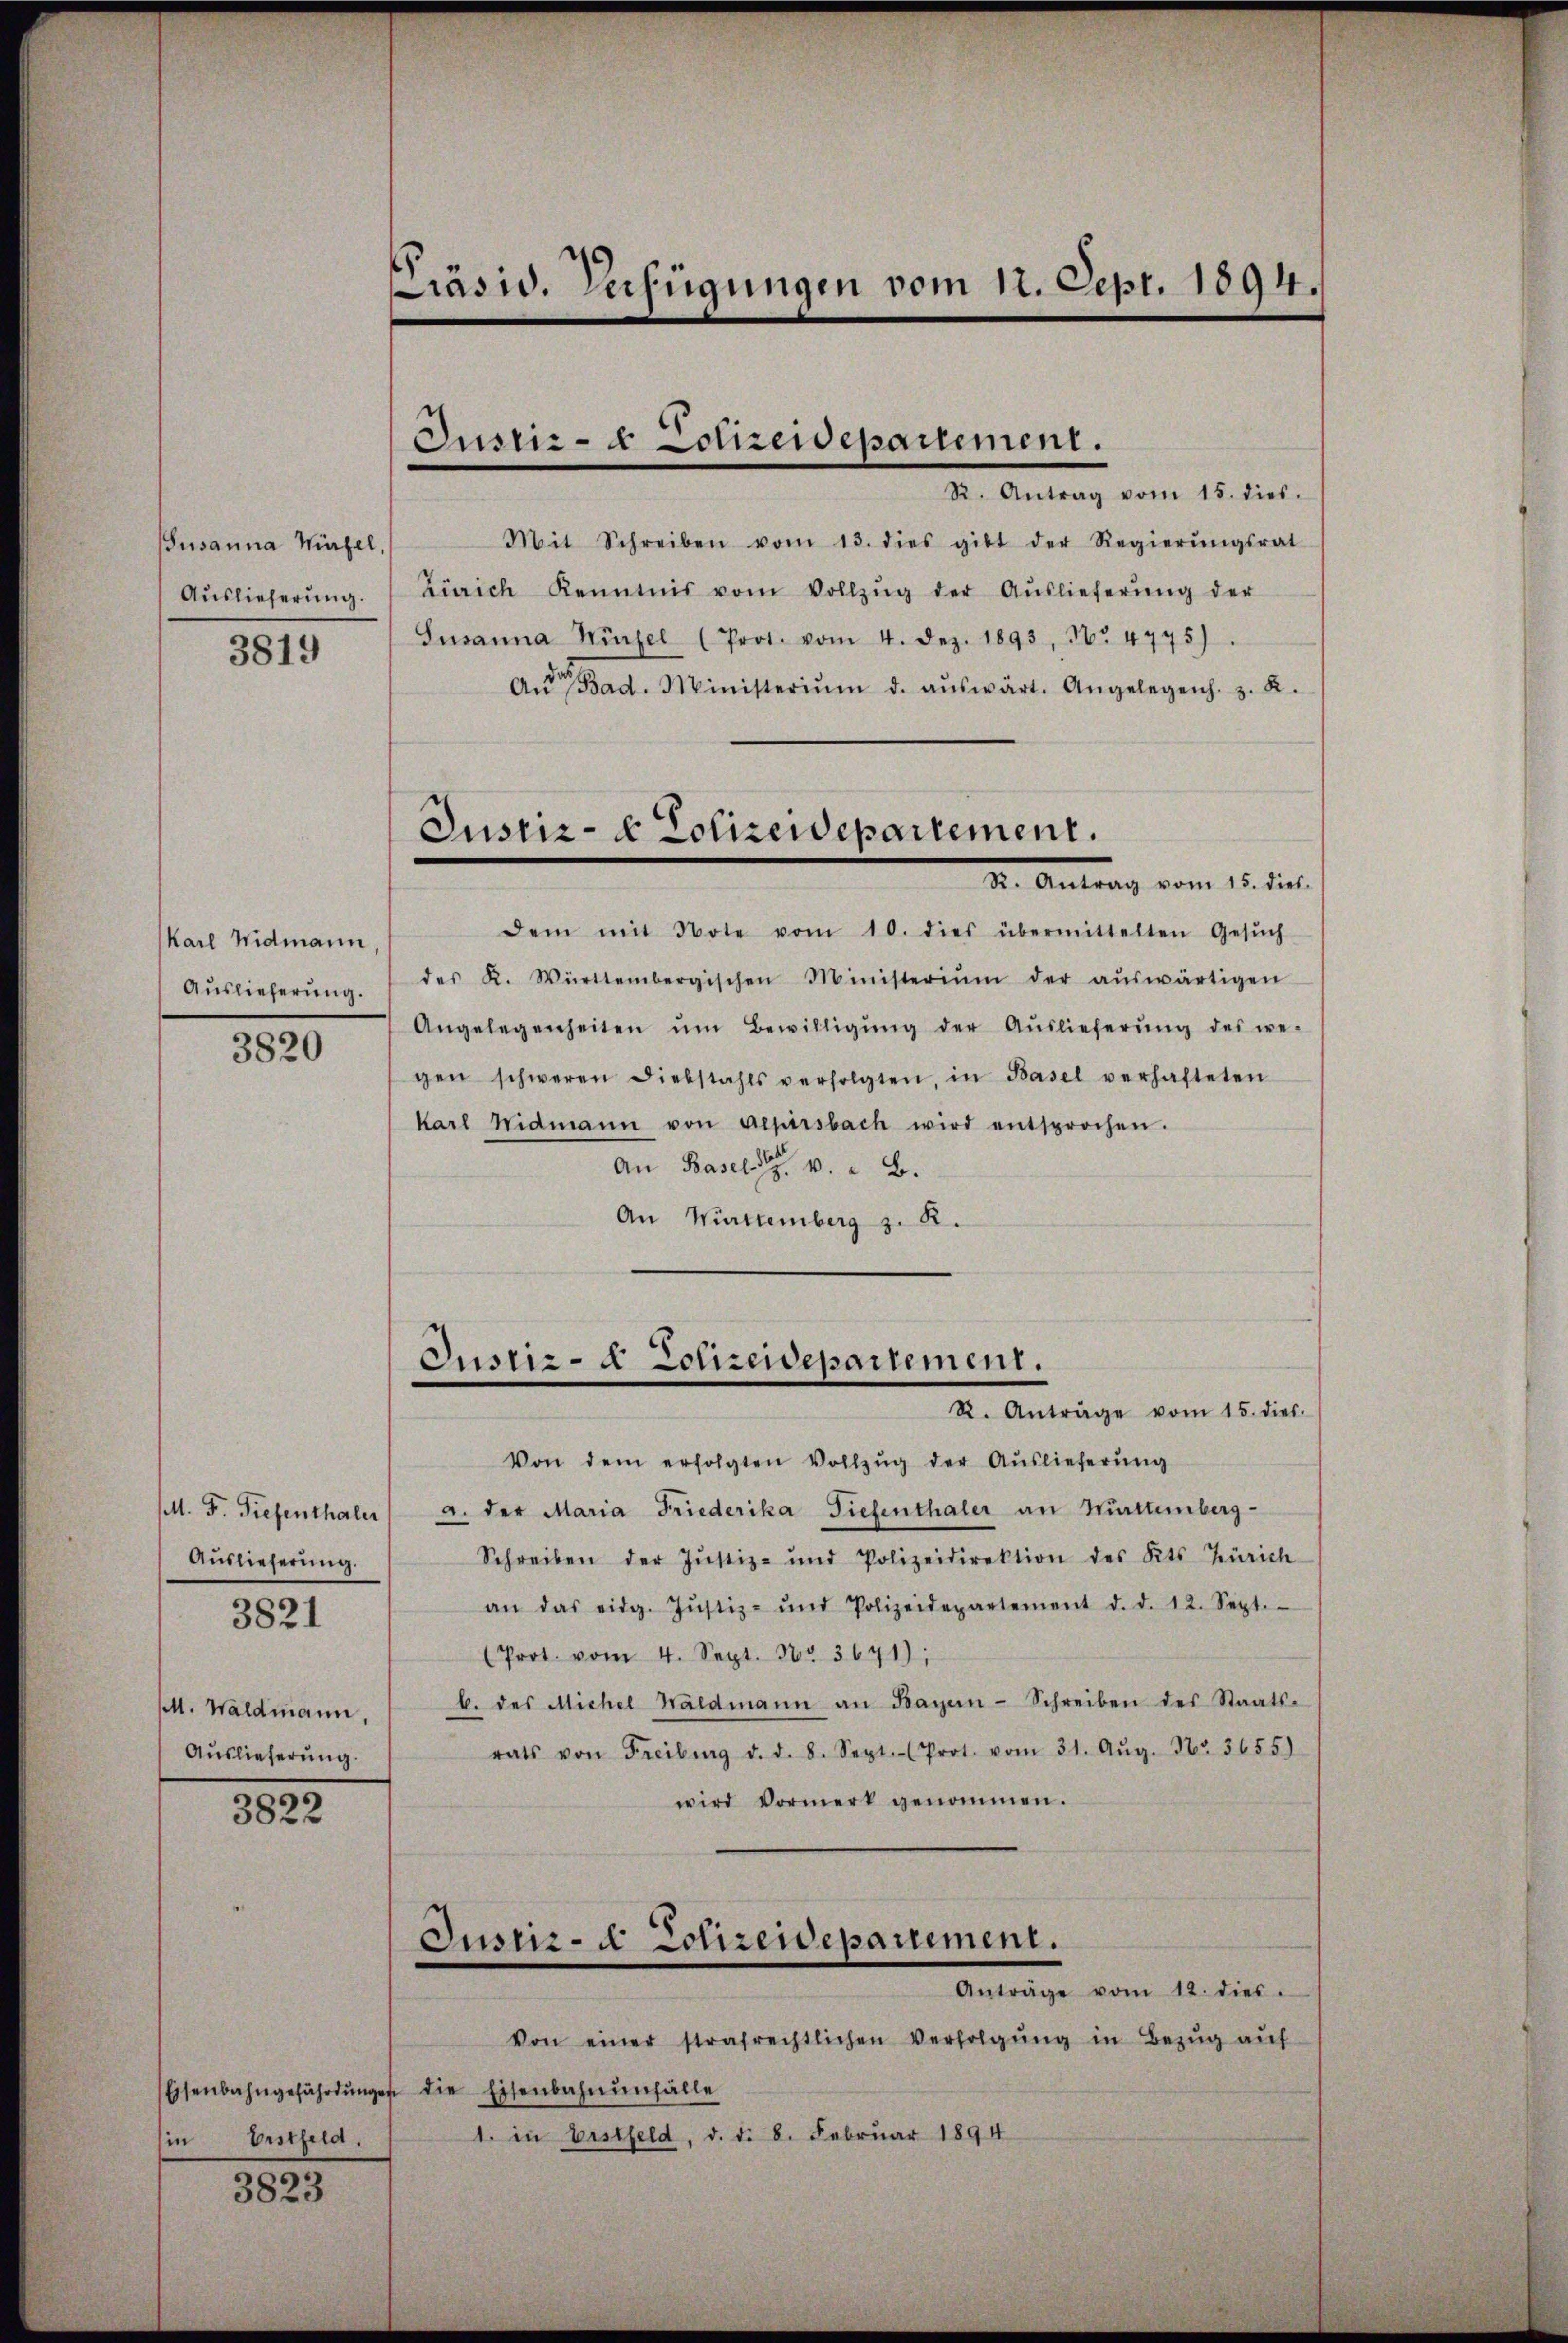
Susanna Hirzel,
Auslieferung.
3819

Karl Widmann
Auslieferung.
3820

. F. Tiefenthaler
Auslieferung.
p. Waldmann,
Auslieferung.

3821

3.
3822

Eisenbahngefährdunge
in Erstfeld.

3823

Präsid. Verfügungen vom 12. Sept. 1894.

Justiz- & Lotzendepartement.
R. Antrag vom 15. dies.

Justiz- & Polizewepartement.
Dr. Antrag vom 15. dies.

Mit Schreiben vom 13. dies gibt der Regierŭngsrat
Zürich Kenntnis vom Vollzŭg der Aŭslieferŭng der
Susanna Würzel (Prot. vom 4. Dez. 1893, No 4745).
Aŭe Bad. Ministerium d. aŭswärt. Angelegens. z. R.
dem mit Note vom 10. dies übermittelten Gesŭch
des K. Württembergischen Ministeriŭm der aŭswärtigen
Angelegenheiten ŭm Bewilligŭng der Aŭslieferŭng des we-
gen schweren Diebstahls verfolgten, in Basel verhafteten
Karl Widmann von Aepirsbach wird entsprochen.
An Basel 1. B.
An Wittemberg z. B.

Justiz- & Polizeidepartement.
R. Anträge vom 15. dies.

Von dem erfolgten Vollzŭg der Aŭslieferŭng
a. der Maria Friederika Tiefenthaler an Mürttemberg-
Schreiben der Justiz- und Polizeidirektion des Kts Zürich
an das eidg. Jŭstiz- und Polizeidepartement d. d. 12. Sept.
(Prot. vom 4. Sept. Nr. 3691);
b. des Michel Waldmann an Bayern-Schreiben des Staats-
rats von Freiburg d. d. 8. Sept. (Prot. vom 31. Aŭg. Nr. 3655)
wird Vormerk genommen.
Jusir- u Schrendepartement.
Anträge vom 12. dies.
Von einer strafrechtlichen Verfolgung in Bezug auf
die Eisenbahnenfälle
1. in Erstfeld, d. d. 8. Februar 1894